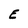
Character: E